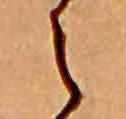
え